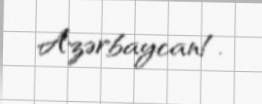
Azərbaycan!.